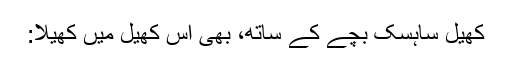
کھیل ساہسک بچے کے ساتھ، بھی اس کھیل میں کھیلا: